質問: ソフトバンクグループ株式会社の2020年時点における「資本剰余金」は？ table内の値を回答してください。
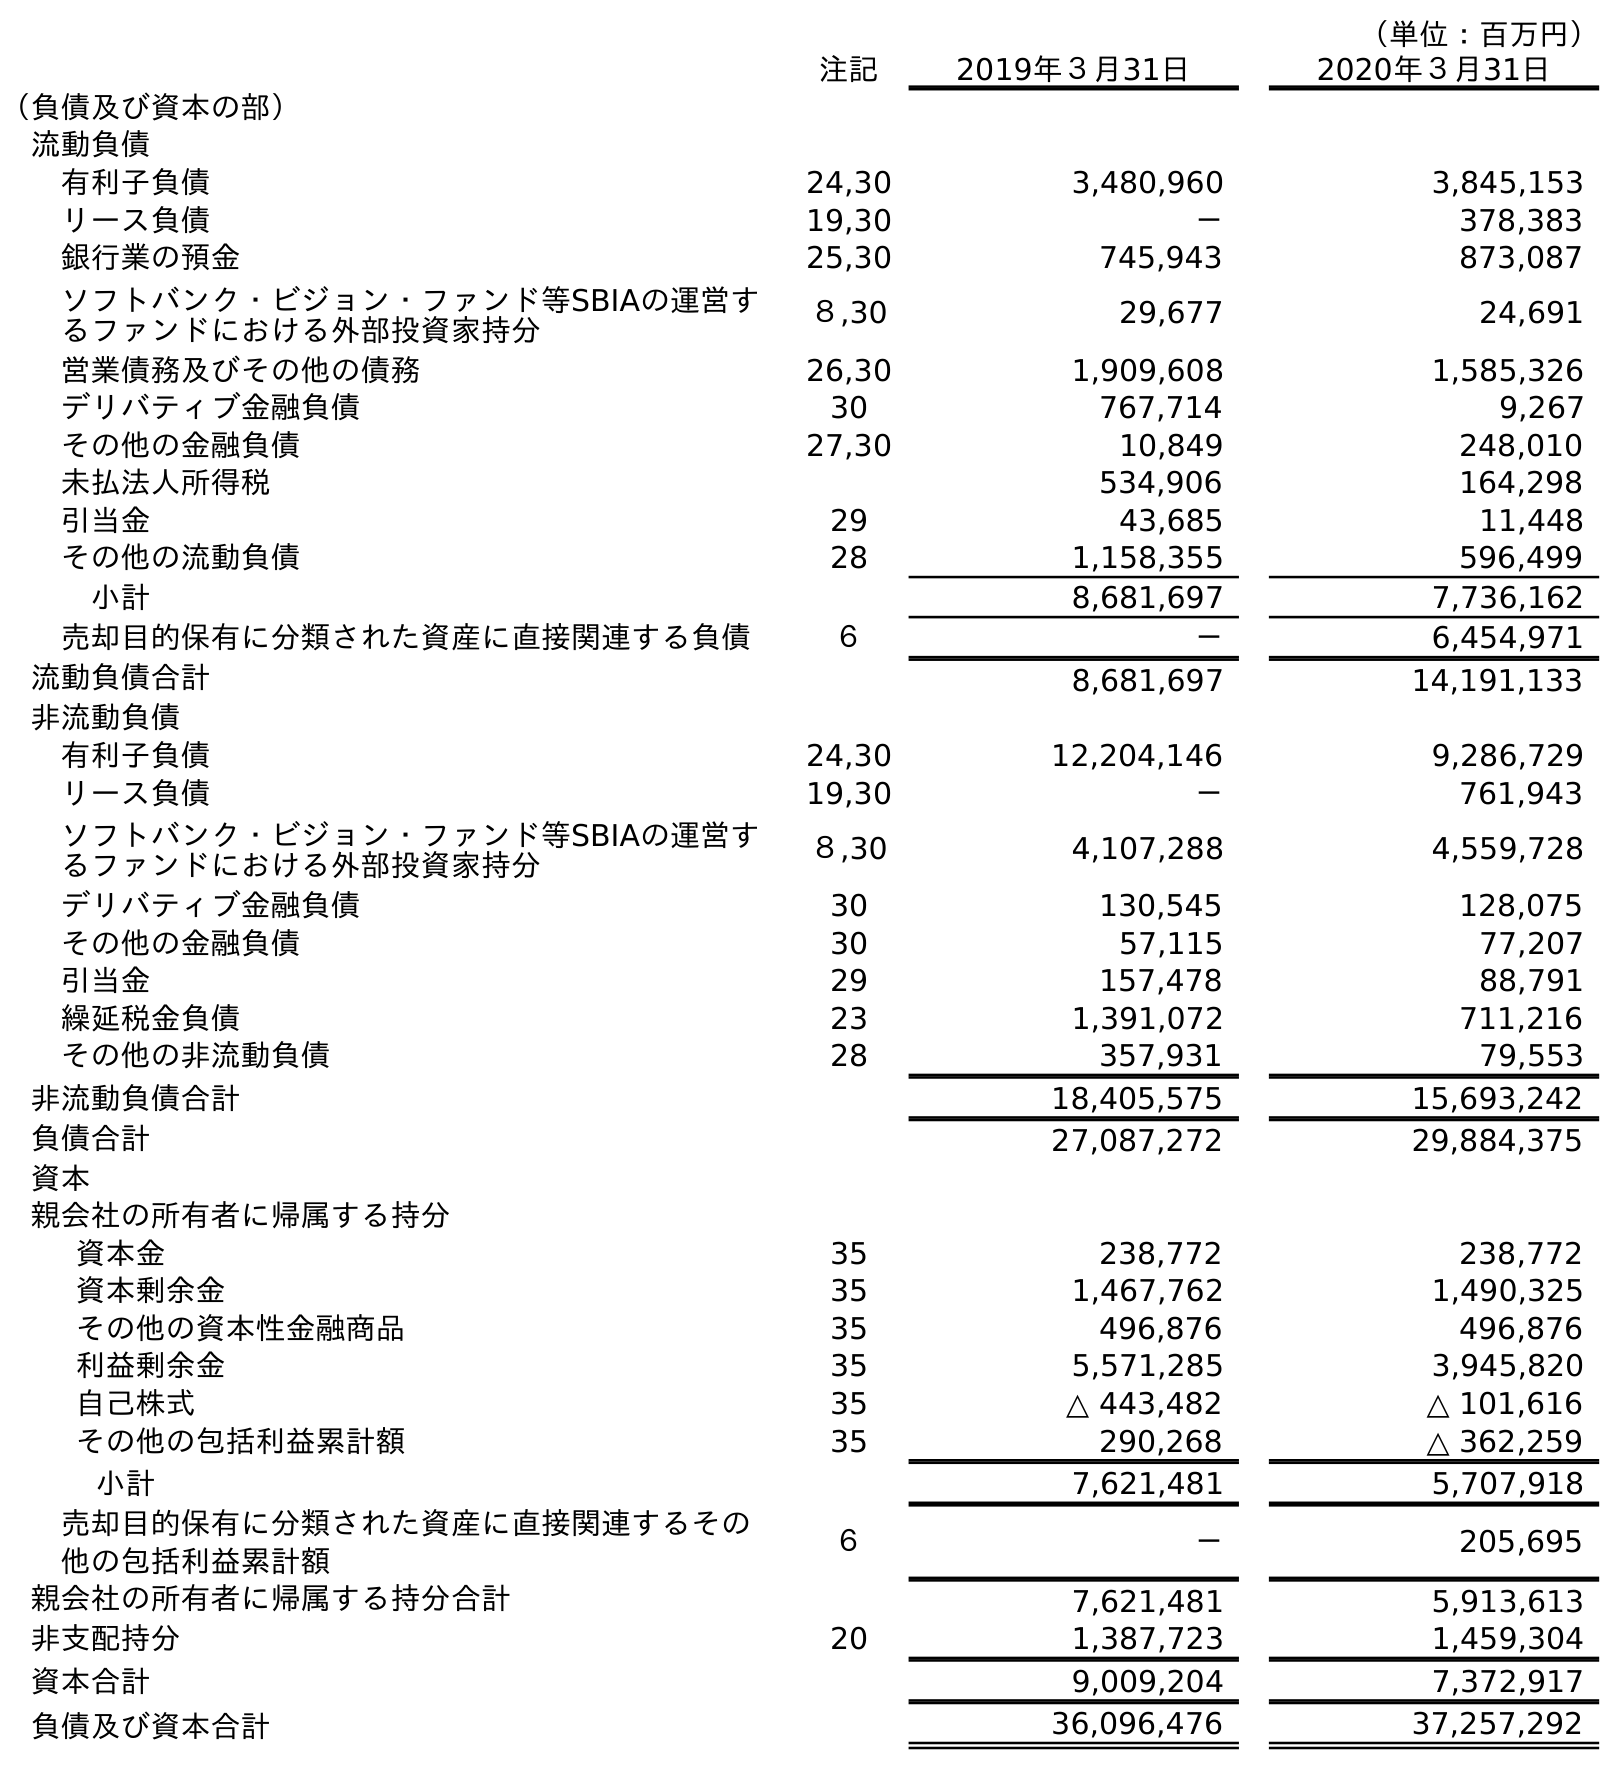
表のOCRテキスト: （単位：百万円） 注記 2019年３月31日 2020年３月31日 （負債及び資本の部） 流動負債 有利子負債 24,30 3,480,960 3,845,153 リース負債 19,30 － 378,383 銀行業の預金 25,30 745,943 873,087 ソフトバンク・ビジョン・ファンド等SBIAの運営す るファンドにおける外部投資家持分 ８,30 29,677 24,691 営業債務及びその他の債務 26,30 1,909,608 1,585,326 デリバティブ金融負債 30 767,714 9,267 その他の金融負債 27,30 10,849 248,010 未払法人所得税 534,906 164,298 引当金 29 43,685 11,448 その他の流動負債 28 1,158,355 596,499 小計 8,681,697 7,736,162 売却目的保有に分類された資産に直接関連する負債 ６ － 6,454,971 流動負債合計 8,681,697 14,191,133 非流動負債 有利子負債 24,30 12,204,146 9,286,729 リース負債 19,30 － 761,943 ソフトバンク・ビジョン・ファンド等SBIAの運営す るファンドにおける外部投資家持分 ８,30 4,107,288 4,559,728 デリバティブ金融負債 30 130,545 128,075 その他の金融負債 30 57,115 77,207 引当金 29 157,478 88,791 繰延税金負債 23 1,391,072 711,216 その他の非流動負債 28 357,931 79,553 非流動負債合計 18,405,575 15,693,242 負債合計 27,087,272 29,884,375 資本 親会社の所有者に帰属する持分 資本金 35 238,772 238,772 資本剰余金 35 1,467,762 1,490,325 その他の資本性金融商品 35 496,876 496,876 利益剰余金 35 5,571,285 3,945,820 自己株式 35 △ 443,482 △ 101,616 その他の包括利益累計額 35 290,268 △ 362,259 小計 7,621,481 5,707,918 売却目的保有に分類された資産に直接関連するその 他の包括利益累計額 ６ － 205,695 親会社の所有者に帰属する持分合計 7,621,481 5,913,613 非支配持分 20 1,387,723 1,459,304 資本合計 9,009,204 7,372,917 負債及び資本合計 36,096,476 37,257,292
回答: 1,490,325